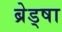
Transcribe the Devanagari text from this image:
ब्रेड्षा